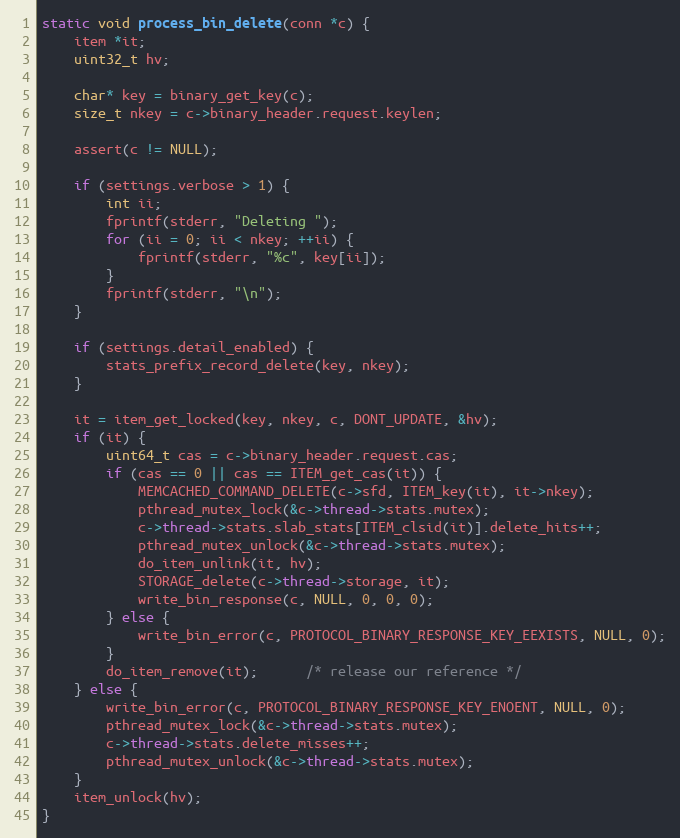
Language: C
static void process_bin_delete(conn *c) {
    item *it;
    uint32_t hv;

    char* key = binary_get_key(c);
    size_t nkey = c->binary_header.request.keylen;

    assert(c != NULL);

    if (settings.verbose > 1) {
        int ii;
        fprintf(stderr, "Deleting ");
        for (ii = 0; ii < nkey; ++ii) {
            fprintf(stderr, "%c", key[ii]);
        }
        fprintf(stderr, "\n");
    }

    if (settings.detail_enabled) {
        stats_prefix_record_delete(key, nkey);
    }

    it = item_get_locked(key, nkey, c, DONT_UPDATE, &hv);
    if (it) {
        uint64_t cas = c->binary_header.request.cas;
        if (cas == 0 || cas == ITEM_get_cas(it)) {
            MEMCACHED_COMMAND_DELETE(c->sfd, ITEM_key(it), it->nkey);
            pthread_mutex_lock(&c->thread->stats.mutex);
            c->thread->stats.slab_stats[ITEM_clsid(it)].delete_hits++;
            pthread_mutex_unlock(&c->thread->stats.mutex);
            do_item_unlink(it, hv);
            STORAGE_delete(c->thread->storage, it);
            write_bin_response(c, NULL, 0, 0, 0);
        } else {
            write_bin_error(c, PROTOCOL_BINARY_RESPONSE_KEY_EEXISTS, NULL, 0);
        }
        do_item_remove(it);      /* release our reference */
    } else {
        write_bin_error(c, PROTOCOL_BINARY_RESPONSE_KEY_ENOENT, NULL, 0);
        pthread_mutex_lock(&c->thread->stats.mutex);
        c->thread->stats.delete_misses++;
        pthread_mutex_unlock(&c->thread->stats.mutex);
    }
    item_unlock(hv);
}